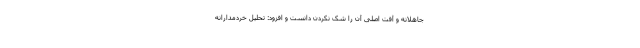
جاهلانه و آفت اصلی آن را شک نکردن دانست و افزود: تحلیل خردمدارانه